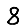
Digit: 8